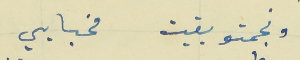
ونجمتو بقيت مخبايي